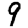
Digit: 9